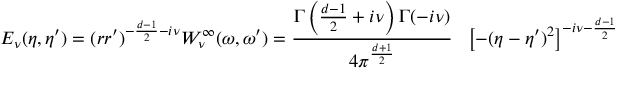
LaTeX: { \cal E } _ { \nu } ( \eta , \eta ^ { \prime } ) = ( r r ^ { \prime } ) ^ { - \frac { d - 1 } { 2 } - i \nu } { W } _ { \nu } ^ { \infty } ( { \omega } , { \omega } ^ { \prime } ) = \frac { \Gamma \left( \frac { d - 1 } { 2 } + i \nu \right) \Gamma ( - i \nu ) } { 4 \pi ^ { \frac { d + 1 } { 2 } } } \ \ \left[ - ( \eta - \eta ^ { \prime } ) ^ { 2 } \right] ^ { - i \nu - \frac { d - 1 } { 2 } }